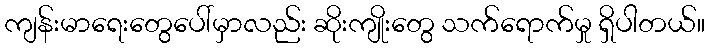
ကျန်းမာရေးတွေပေါ်မှာလည်း ဆိုးကျိုးတွေ သက်ရောက်မှု ရှိပါတယ်။